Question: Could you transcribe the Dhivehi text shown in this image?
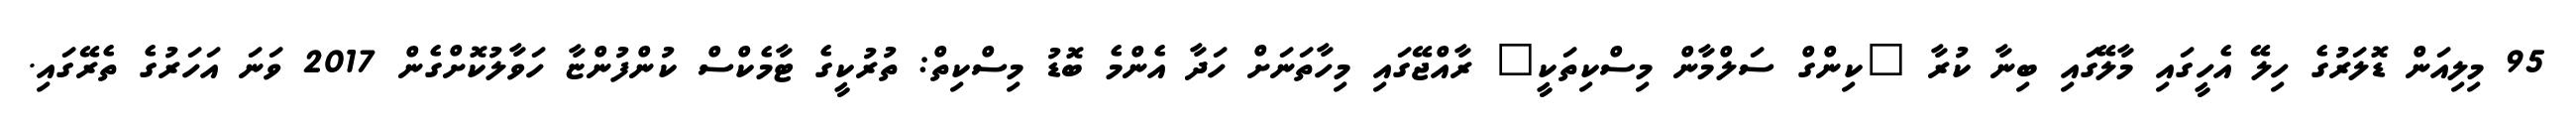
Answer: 95 މިލިއަން ޑޮލަރުގެ ހިލޭ އެހީގައި މާލޭގައި ބިނާ ކުރާ "ކިންގް ސަލްމާން މިސްކިތަކީ" ރާއްޖޭގައި މިހާތަނަށް ހަދާ އެންމެ ބޮޑު މިސްކިތް: ތުރުކީގެ ޓާމެކްސް ކުންފުންޏާ ހަވާލުކޮށްގެން 2017 ވަނަ އަހަރުގެ ތެރޭގައި.